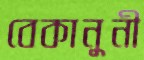
বেকানুনী